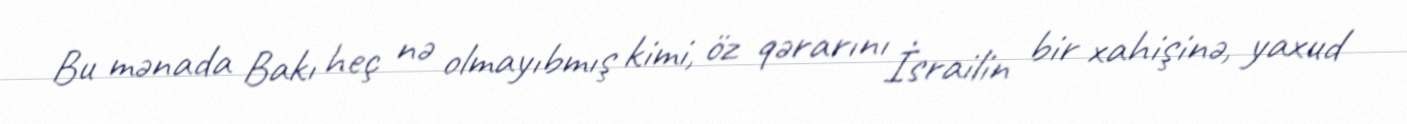
Bu mənada Bakı heç nə olmayıbmış kimi, öz qərarını İsrailin bir xahişinə, yaxud